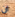
ان